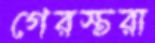
গেরস্তরা